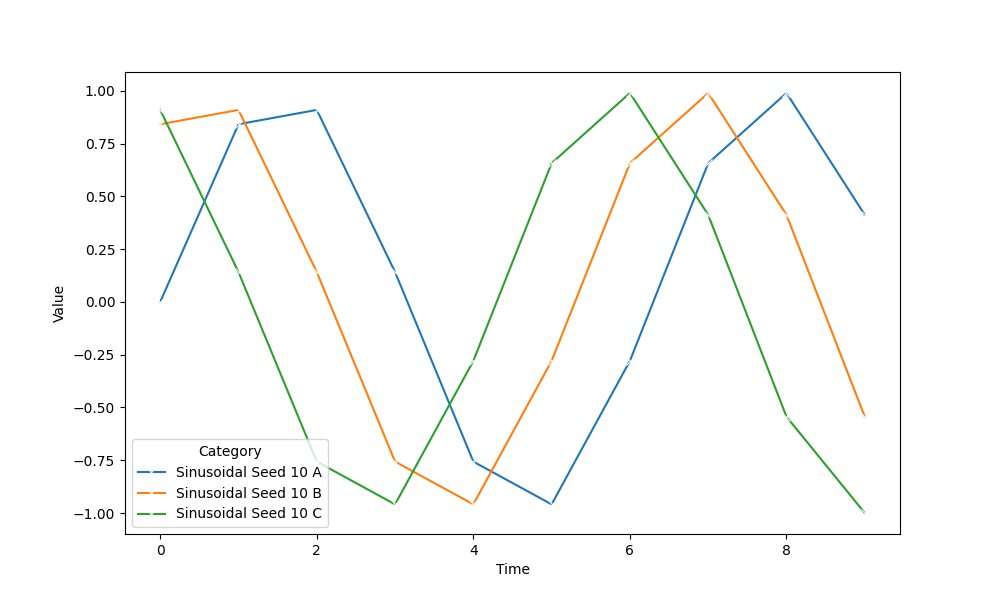
python, seaborn, lineplot, style='solid', marker='x'